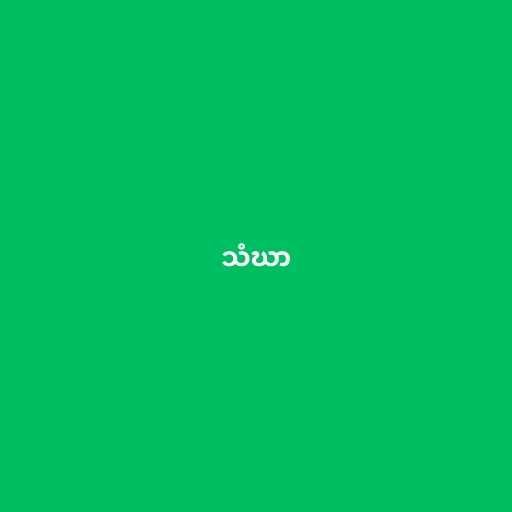
သံဃာ